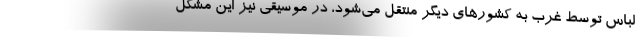
لباس توسط غرب به کشورهای دیگر منتقل می‌شود، در موسیقی نیز این مشکل